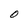
Character: O